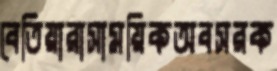
বেতিয়ারাসাময়িকঅবসরক